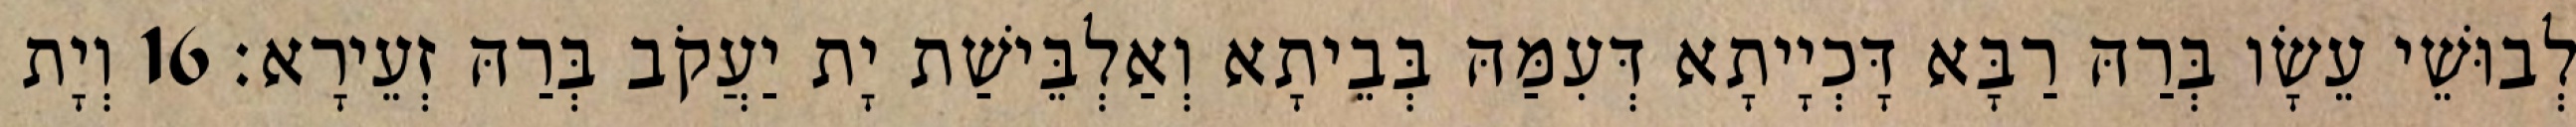
לְבוּשֵׁי עֵשָׂו בְּרַהּ רַבָּא דָּכְיָיתָא דְּעִמַּהּ בְּבֵיתָא וְאַלְבֵּישַׁת יָת יַעֲקֹב בְּרַהּ זְעֵירָא׃ 16 וְיָת